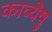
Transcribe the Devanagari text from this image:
काव्येषु